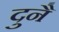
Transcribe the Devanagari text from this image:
दुनै